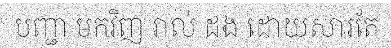
បញ្ជា មកវិញ រាល់ ដង ដោយសារតែ